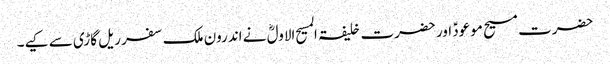
حضرت مسیح موعودؑ اور حضرت خلیفۃ المسیح الاولؓ نے اندرون ملک سفر ریل گاڑی سے کیے۔